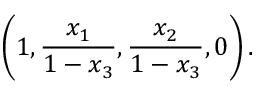
\left( 1 , { \frac { x _ { 1 } } { 1 - x _ { 3 } } } , { \frac { x _ { 2 } } { 1 - x _ { 3 } } } , 0 \right) .